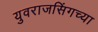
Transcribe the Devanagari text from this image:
युवराजसिंगच्या